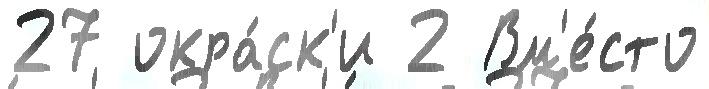
27 окра́ск'и 2 Вм'е́сто